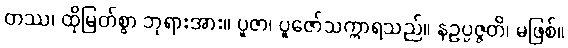
တဿ၊ ထိုမြတ်စွာ ဘုရားအား။ ပူဇာ၊ ပူဇော်သက္ကာရသည်။ နဥပ္ပဇ္ဇတိ၊ မဖြစ်။